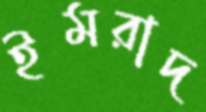
ইমরাদ